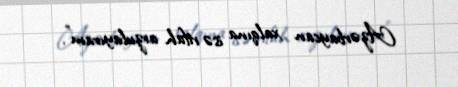
Azərbaycan xalqına isə rifah arzulayıram".